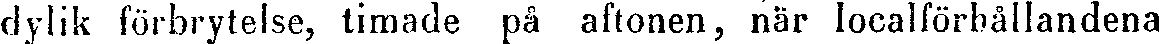
dylik förbrytelse, timade på aftonen, när localförhållandena